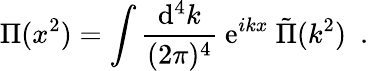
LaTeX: {\Pi}(x^{2})=\int{\frac{\mathrm{d}^{4}k}{(2\pi)^{4}}}\ \mathrm{e}^{ikx}\ \tilde{\Pi}(k^{2})\ \ .